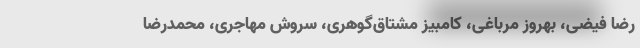
رضا فیضی، بهروز مرباغی، کامبیز مشتاق‌گوهری، سروش مهاجری، محمدرضا